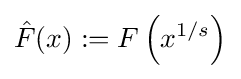
{\hat {F}}(x):=F\left(x^{1/s}\right)